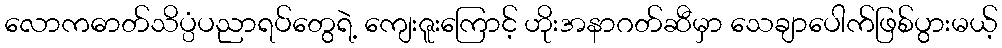
လောကဓာတ်သိပ္ပံပညာရပ်တွေရဲ့ ကျေးဇူးကြောင့် ဟိုးအနာဂတ်ဆီမှာ သေချာပေါက်ဖြစ်ပွားမယ့်